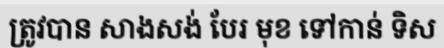
ត្រូវបាន សាងសង់ បែរ មុខ ទៅកាន់ ទិស